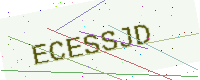
Text: ECESSJD